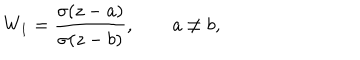
W _ { 1 } = \frac { \sigma ( z - a ) } { \sigma ( z - b ) } , \qquad a \ne b ,